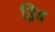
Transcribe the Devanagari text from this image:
ड्रिव